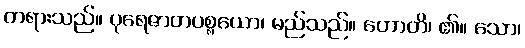
တရားသည်။ ပုရေဇာတပစ္စယော၊ မည်သည်။ ဟောတိ၊ ၏။ သော၊